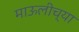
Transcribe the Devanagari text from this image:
माऊलीच्या